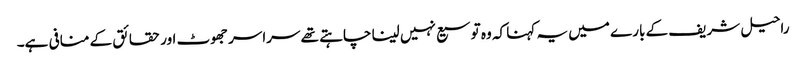
راحیل شریف کے بارے میں یہ کہنا کہ وہ توسیع نہیں لینا چاہتے تھے سراسر جھوٹ اور حقائق کے منافی ہے۔